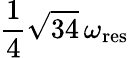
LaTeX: \frac{1}{4}\sqrt{34}\, \omega_{\mathrm{res}}